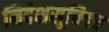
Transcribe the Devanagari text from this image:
निर्देशसूचिका